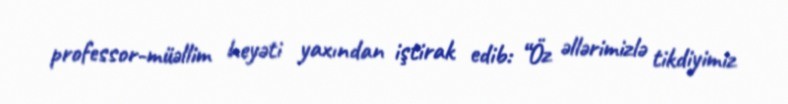
professor-müəllim heyəti yaxından iştirak edib: “Öz əllərimizlə tikdiyimiz